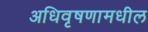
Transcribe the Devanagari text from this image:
अधिवृषणामधील